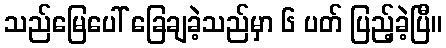
သည်မြေပေါ် ခြေချခဲ့သည်မှာ ၆ ပတ် ပြည့်ခဲ့ပြီ။